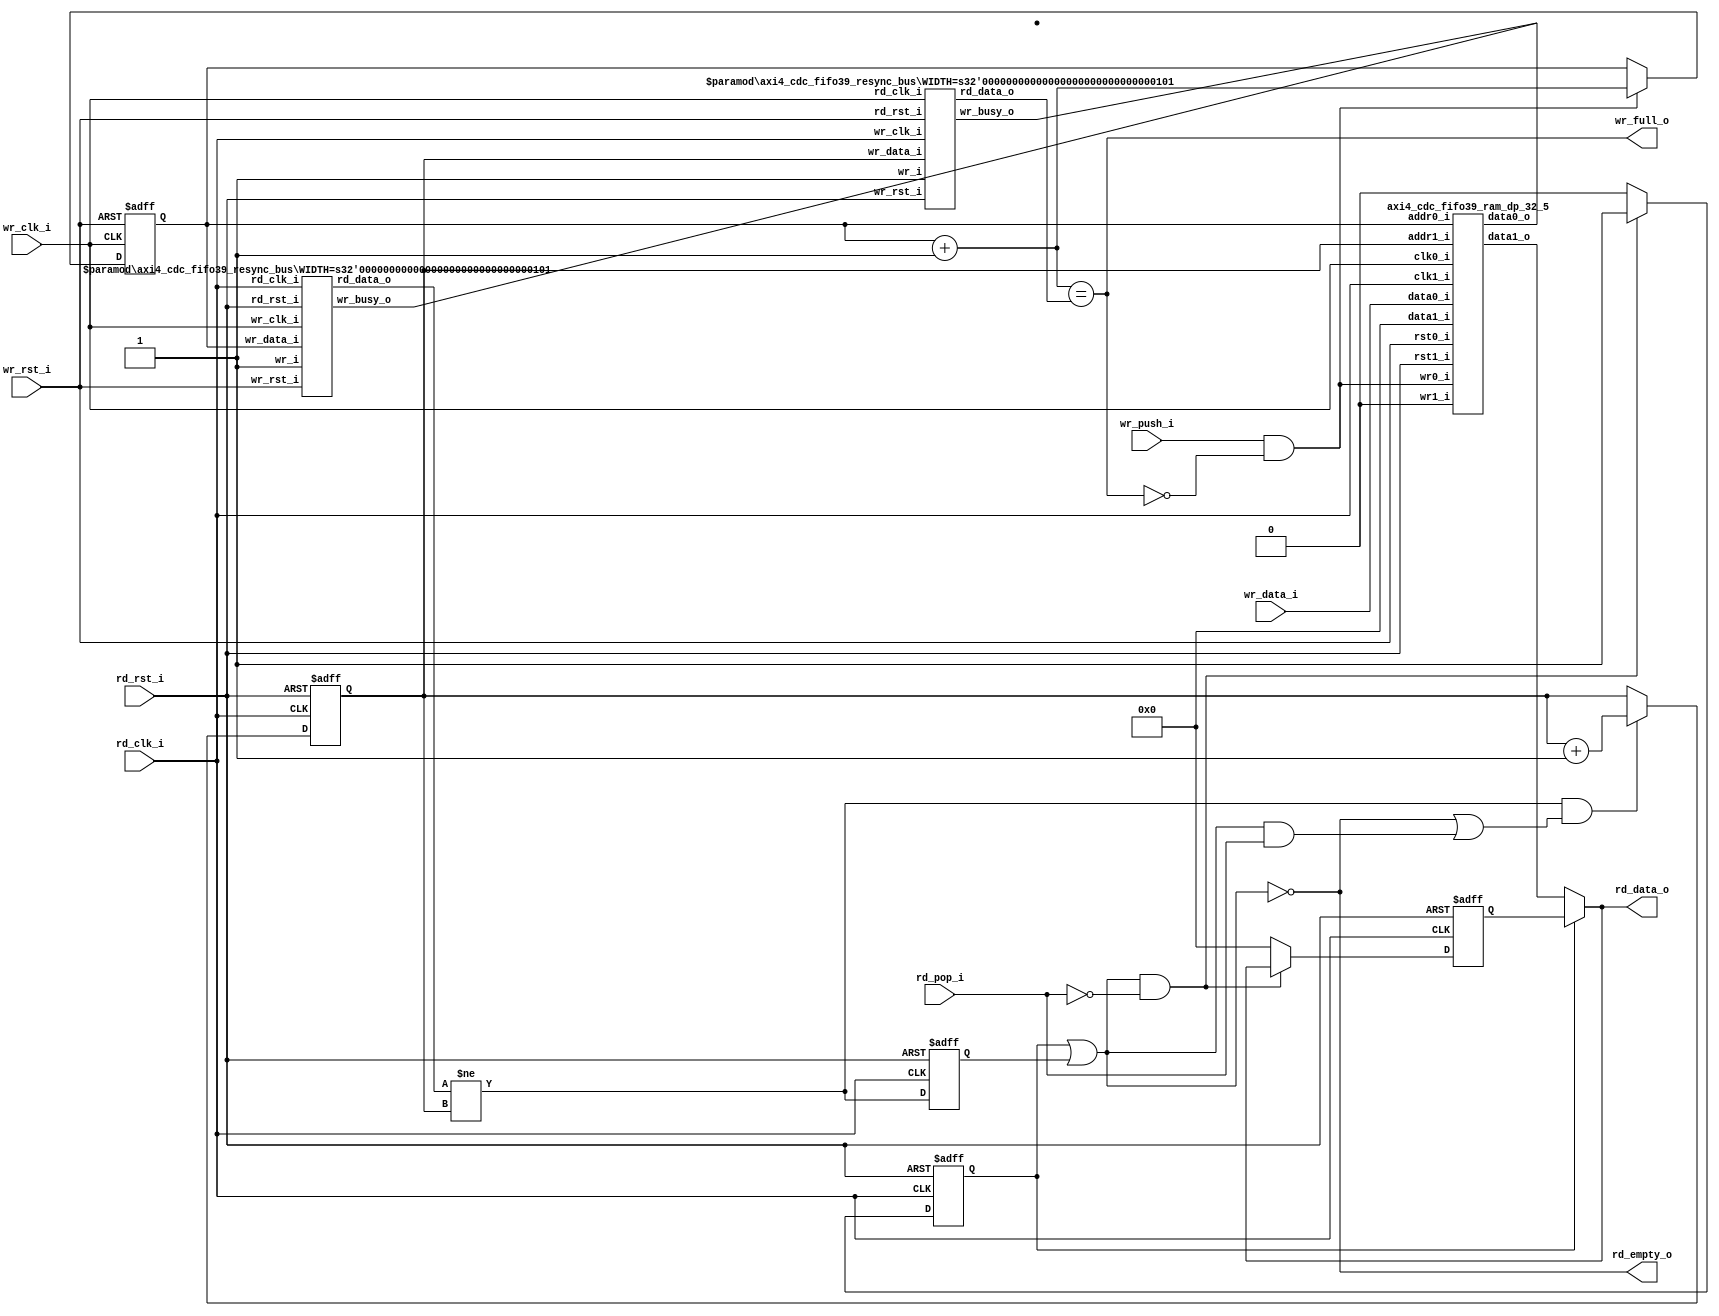
//-----------------------------------------------------------------
//                         open-logic-bit
//                            V0.1
//                        Copyright 2021
//              github.com/ultraembedded/openlogicbit
//
//                   admin@ultra-embedded.com
//
//                     License: Apache 2.0
//-----------------------------------------------------------------
// Copyright 2021 Ultra-Embedded.com
// 
// Licensed under the Apache License, Version 2.0 (the "License");
// you may not use this file except in compliance with the License.
// You may obtain a copy of the License at
// 
//     http://www.apache.org/licenses/LICENSE-2.0
// 
// Unless required by applicable law or agreed to in writing, software
// distributed under the License is distributed on an "AS IS" BASIS,
// WITHOUT WARRANTIES OR CONDITIONS OF ANY KIND, either express or implied.
// See the License for the specific language governing permissions and
// limitations under the License.
//-----------------------------------------------------------------
module axi4_cdc_fifo39
(
    // Inputs
     input           rd_clk_i
    ,input           rd_rst_i
    ,input           rd_pop_i
    ,input           wr_clk_i
    ,input           wr_rst_i
    ,input  [ 38:0]  wr_data_i
    ,input           wr_push_i

    // Outputs
    ,output [ 38:0]  rd_data_o
    ,output          rd_empty_o
    ,output          wr_full_o
);





//-----------------------------------------------------------------
// Registers
//-----------------------------------------------------------------
reg [4:0]       rd_ptr_q;
reg [4:0]       wr_ptr_q;

//-----------------------------------------------------------------
// Write
//-----------------------------------------------------------------
wire [4:0]      wr_ptr_next_w = wr_ptr_q + 5'd1;

always @ (posedge wr_clk_i or posedge wr_rst_i)
if (wr_rst_i)
    wr_ptr_q <= 5'b0;
else if (wr_push_i & ~wr_full_o)
    wr_ptr_q <= wr_ptr_next_w;

wire [4:0] wr_rd_ptr_w;

axi4_cdc_fifo39_resync_bus
#( .WIDTH(5))
u_resync_rd_ptr_q
(
    .wr_clk_i(rd_clk_i),
    .wr_rst_i(rd_rst_i),
    .wr_i(1'b1),
    .wr_data_i(rd_ptr_q),
    .wr_busy_o(),
    .rd_clk_i(wr_clk_i),
    .rd_rst_i(wr_rst_i),
    .rd_data_o(wr_rd_ptr_w) // Delayed version of rd_ptr_q
);

assign wr_full_o = (wr_ptr_next_w == wr_rd_ptr_w);

//-------------------------------------------------------------------
// Dual port RAM
//-------------------------------------------------------------------
wire [38:0] rd_data_w;

axi4_cdc_fifo39_ram_dp_32_5
u_ram
(
    // Inputs
    .clk0_i(wr_clk_i),
    .rst0_i(wr_rst_i),
    .clk1_i(rd_clk_i),
    .rst1_i(rd_rst_i),

    // Write side
    .addr0_i(wr_ptr_q),
    .wr0_i(wr_push_i & ~wr_full_o),
    .data0_i(wr_data_i),
    .data0_o(),

    // Read side
    .addr1_i(rd_ptr_q),
    .data1_i(39'b0),
    .wr1_i(1'b0),
    .data1_o(rd_data_w)
);

//-----------------------------------------------------------------
// Read
//-----------------------------------------------------------------
wire [4:0] rd_wr_ptr_w;

axi4_cdc_fifo39_resync_bus
#( .WIDTH(5))
u_resync_wr_ptr_q
(
    .wr_clk_i(wr_clk_i),
    .wr_rst_i(wr_rst_i),
    .wr_i(1'b1),
    .wr_data_i(wr_ptr_q),
    .wr_busy_o(),
    .rd_clk_i(rd_clk_i),
    .rd_rst_i(rd_rst_i),
    .rd_data_o(rd_wr_ptr_w) // Delayed version of wr_ptr_q
);

//-------------------------------------------------------------------
// Read Skid Buffer
//-------------------------------------------------------------------
reg                rd_skid_q;
reg [38:0] rd_skid_data_q;
reg                rd_q;

wire read_ok_w = (rd_wr_ptr_w != rd_ptr_q);
wire valid_w   = (rd_skid_q | rd_q);

always @ (posedge rd_clk_i or posedge rd_rst_i)
if (rd_rst_i)
begin
    rd_skid_q <= 1'b0;
    rd_skid_data_q <= 39'b0;
end
else if (valid_w && !rd_pop_i)
begin
    rd_skid_q      <= 1'b1;
    rd_skid_data_q <= rd_data_o;
end
else
begin
    rd_skid_q      <= 1'b0;
    rd_skid_data_q <= 39'b0;
end

assign rd_data_o = rd_skid_q ? rd_skid_data_q : rd_data_w;

//-----------------------------------------------------------------
// Read Pointer
//-----------------------------------------------------------------
always @ (posedge rd_clk_i or posedge rd_rst_i)
if (rd_rst_i)
    rd_q <= 1'b0;
else
    rd_q <= read_ok_w;

wire [4:0] rd_ptr_next_w = rd_ptr_q + 5'd1;

always @ (posedge rd_clk_i or posedge rd_rst_i)
if (rd_rst_i)
    rd_ptr_q <= 5'b0;
// Read address increment
else if (read_ok_w && ((!valid_w) || (valid_w && rd_pop_i)))
    rd_ptr_q <= rd_ptr_next_w;

assign rd_empty_o = !valid_w;

endmodule

//-------------------------------------------------------------------
// Dual port RAM
//-------------------------------------------------------------------
module axi4_cdc_fifo39_ram_dp_32_5
(
    // Inputs
     input           clk0_i
    ,input           rst0_i
    ,input  [ 4:0]  addr0_i
    ,input  [ 38:0]  data0_i
    ,input           wr0_i
    ,input           clk1_i
    ,input           rst1_i
    ,input  [ 4:0]  addr1_i
    ,input  [ 38:0]  data1_i
    ,input           wr1_i

    // Outputs
    ,output [ 38:0]  data0_o
    ,output [ 38:0]  data1_o
);

/* verilator lint_off MULTIDRIVEN */
reg [38:0]   ram [31:0] /*verilator public*/;
/* verilator lint_on MULTIDRIVEN */

reg [38:0] ram_read0_q;
reg [38:0] ram_read1_q;

// Synchronous write
always @ (posedge clk0_i)
begin
    if (wr0_i)
        ram[addr0_i] <= data0_i;

    ram_read0_q <= ram[addr0_i];
end

always @ (posedge clk1_i)
begin
    if (wr1_i)
        ram[addr1_i] <= data1_i;

    ram_read1_q <= ram[addr1_i];
end

assign data0_o = ram_read0_q;
assign data1_o = ram_read1_q;

endmodule 

module axi4_cdc_fifo39_resync_bus
//-----------------------------------------------------------------
// Params
//-----------------------------------------------------------------
#(
    parameter WIDTH     = 4
)
//-----------------------------------------------------------------
// Ports
//-----------------------------------------------------------------
(
    input              wr_clk_i,
    input              wr_rst_i,
    input              wr_i,
    input  [WIDTH-1:0] wr_data_i,
    output             wr_busy_o,

    input              rd_clk_i,
    input              rd_rst_i,
    output [WIDTH-1:0] rd_data_o
);

wire rd_toggle_w;
wire wr_toggle_w;

//-----------------------------------------------------------------
// Write
//-----------------------------------------------------------------
wire write_req_w = wr_i && !wr_busy_o;

// Write storage for domain crossing
(* ASYNC_REG = "TRUE" *) reg [WIDTH-1:0] wr_buffer_q;

always @ (posedge wr_clk_i or posedge wr_rst_i)
if (wr_rst_i)
    wr_buffer_q <= {(WIDTH){1'b0}};
else if (write_req_w)
    wr_buffer_q <= wr_data_i;

reg wr_toggle_q;
always @ (posedge wr_clk_i or posedge wr_rst_i)
if (wr_rst_i)
    wr_toggle_q <= 1'b0;
else if (write_req_w)
    wr_toggle_q <= ~wr_toggle_q;

reg wr_busy_q;
always @ (posedge wr_clk_i or posedge wr_rst_i)
if (wr_rst_i)
    wr_busy_q <= 1'b0;
else if (write_req_w)
    wr_busy_q <= 1'b1;
else if (wr_toggle_q == wr_toggle_w)
    wr_busy_q <= 1'b0;

assign wr_busy_o = wr_busy_q;

//-----------------------------------------------------------------
// Write -> Read request
//-----------------------------------------------------------------
axi4_cdc_fifo39_resync
u_sync_wr_toggle
(
    .clk_i(rd_clk_i),
    .rst_i(rd_rst_i),
    .async_i(wr_toggle_q),
    .sync_o(rd_toggle_w)
);

//-----------------------------------------------------------------
// Read
//-----------------------------------------------------------------
reg rd_toggle_q;
always @ (posedge rd_clk_i or posedge rd_rst_i)
if (rd_rst_i)
    rd_toggle_q <= 1'b0;
else
    rd_toggle_q <= rd_toggle_w;

// Read storage for domain crossing
(* ASYNC_REG = "TRUE" *) reg [WIDTH-1:0] rd_buffer_q;

always @ (posedge rd_clk_i or posedge rd_rst_i)
if (rd_rst_i)
    rd_buffer_q <= {(WIDTH){1'b0}};
else if (rd_toggle_q != rd_toggle_w)
    rd_buffer_q <= wr_buffer_q; // Capture from other domain

assign rd_data_o = rd_buffer_q;

//-----------------------------------------------------------------
// Read->Write response
//-----------------------------------------------------------------
axi4_cdc_fifo39_resync
u_sync_rd_toggle
(
    .clk_i(wr_clk_i),
    .rst_i(wr_rst_i),
    .async_i(rd_toggle_q),
    .sync_o(wr_toggle_w)
);

endmodule

module axi4_cdc_fifo39_resync
//-----------------------------------------------------------------
// Params
//-----------------------------------------------------------------
#(
    parameter RESET_VAL = 1'b0
)
//-----------------------------------------------------------------
// Ports
//-----------------------------------------------------------------
(
    input  clk_i,
    input  rst_i,
    input  async_i,
    output sync_o
);

(* ASYNC_REG = "TRUE" *) reg sync_ms;
(* ASYNC_REG = "TRUE" *) reg sync_q;

always @ (posedge clk_i or posedge rst_i)
if (rst_i)
begin
    sync_ms  <= RESET_VAL;
    sync_q   <= RESET_VAL;
end
else
begin
    sync_ms  <= async_i;
    sync_q   <= sync_ms;
end

assign sync_o = sync_q;


endmodule